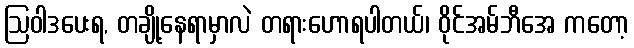
ဩဝါဒပေးရ, တချို့နေရာမှာလဲ တရားဟောရပါတယ်၊ ဝိုင်အမ်ဘီအေ ကတော့